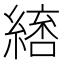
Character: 𮈷